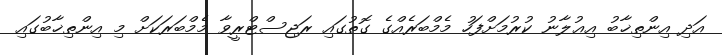
އަދި އިންތިޚާބު އިޢުލާނު ކުރުމަށްފަހު މެމްބަރެއްގެ ގޮތުގައި ރަޖިސްޓްރީވާ މެމްބަރަކަށް މި އިންތިޚާބުގައި